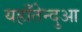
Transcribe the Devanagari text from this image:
यहाँतेन्दुआ